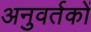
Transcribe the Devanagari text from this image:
अनुवर्तकों